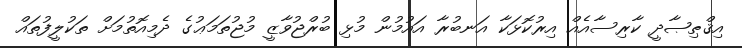
އިޤްޠިޞާދީ ކާރިސާއެއް އިރުކޮޅަކާ އަނބުރާ އައުމުން މުޅި ބުރްޖުވާޒީ މުޖުތަމަޢުގެ ދެމިއޮތުމަށް ތަކުލީފުތައް